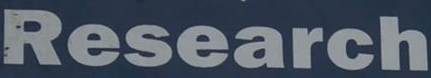
Research